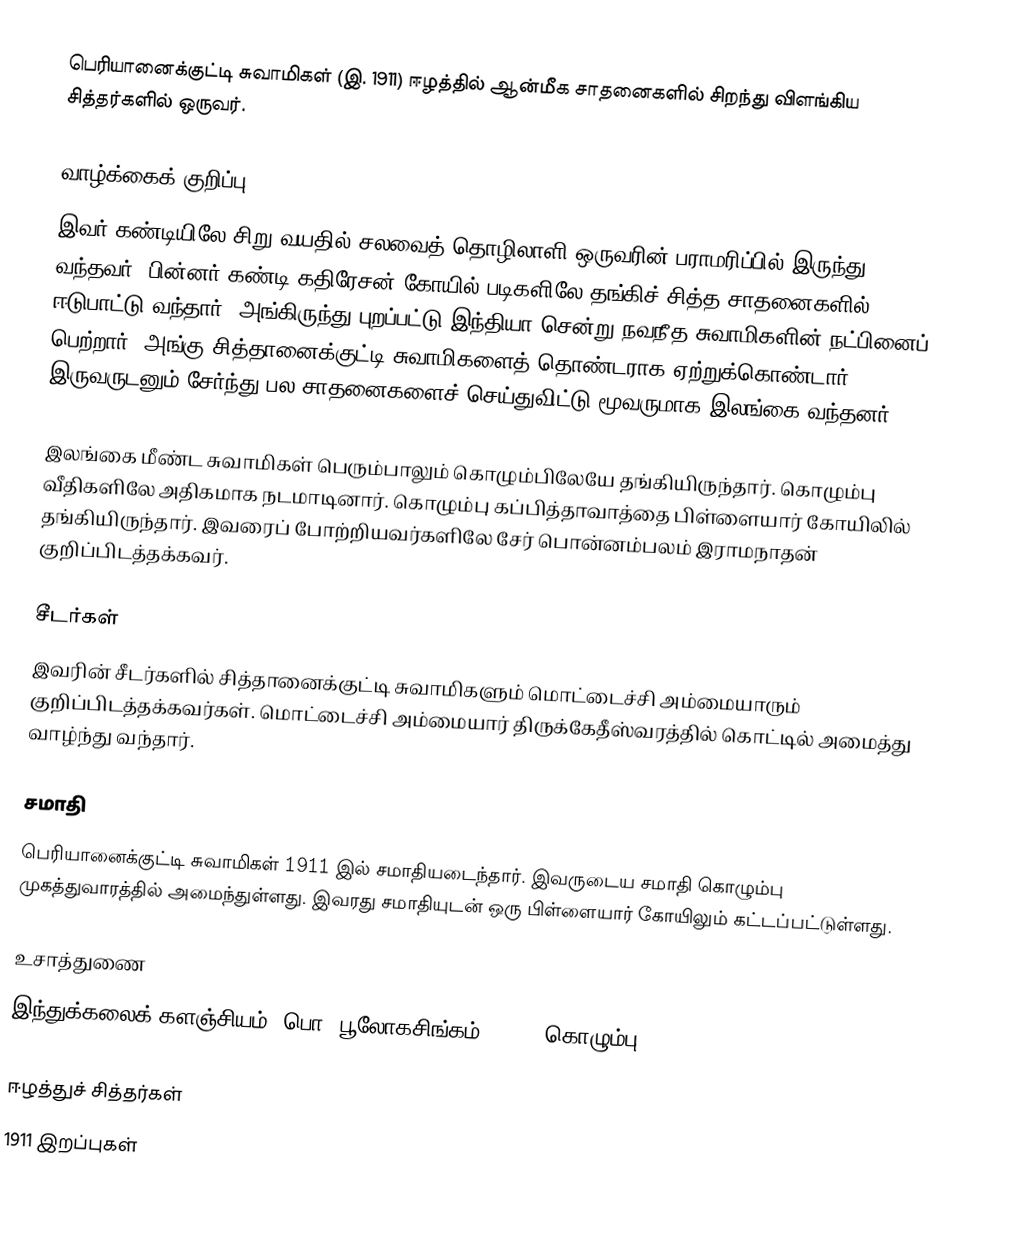
பெரியானைக்குட்டி சுவாமிகள் (இ. 1911) ஈழத்தில் ஆன்மீக சாதனைகளில் சிறந்து விளங்கிய சித்தர்களில் ஒருவர்.

வாழ்க்கைக் குறிப்பு
இவர் கண்டியிலே சிறு வயதில் சலவைத் தொழிலாளி ஒருவரின் பராமரிப்பில் இருந்து வந்தவர். பின்னர் கண்டி கதிரேசன் கோயில் படிகளிலே தங்கிச் சித்த சாதனைகளில் ஈடுபாட்டு வந்தார். அங்கிருந்து புறப்பட்டு இந்தியா சென்று நவநீத சுவாமிகளின் நட்பினைப் பெற்றார். அங்கு சித்தானைக்குட்டி சுவாமிகளைத் தொண்டராக ஏற்றுக்கொண்டார். இருவருடனும் சேர்ந்து பல சாதனைகளைச் செய்துவிட்டு மூவருமாக இலங்கை வந்தனர்.

இலங்கை மீண்ட சுவாமிகள் பெரும்பாலும் கொழும்பிலேயே தங்கியிருந்தார். கொழும்பு வீதிகளிலே அதிகமாக நடமாடினார். கொழும்பு கப்பித்தாவாத்தை பிள்ளையார் கோயிலில் தங்கியிருந்தார். இவரைப் போற்றியவர்களிலே சேர் பொன்னம்பலம் இராமநாதன் குறிப்பிடத்தக்கவர்.

சீடர்கள்
இவரின் சீடர்களில் சித்தானைக்குட்டி சுவாமிகளும் மொட்டைச்சி அம்மையாரும் குறிப்பிடத்தக்கவர்கள். மொட்டைச்சி அம்மையார் திருக்கேதீஸ்வரத்தில் கொட்டில் அமைத்து வாழ்ந்து வந்தார்.

சமாதி
பெரியானைக்குட்டி சுவாமிகள் 1911 இல் சமாதியடைந்தார். இவருடைய சமாதி கொழும்பு முகத்துவாரத்தில் அமைந்துள்ளது. இவரது சமாதியுடன் ஒரு பிள்ளையார் கோயிலும் கட்டப்பட்டுள்ளது.

உசாத்துணை
 இந்துக்கலைக் களஞ்சியம் (பொ. பூலோகசிங்கம், 1990, கொழும்பு)

ஈழத்துச் சித்தர்கள்
1911 இறப்புகள்